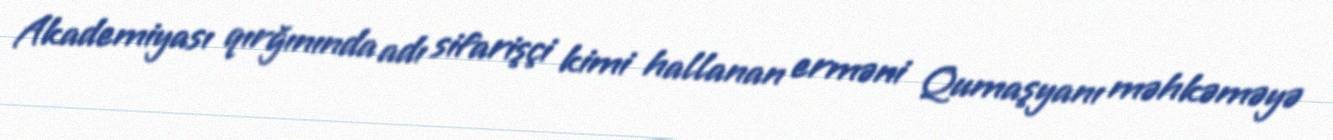
Akademiyası qırğınında adı sifarişçi kimi hallanan erməni Qumaşyanı məhkəməyə